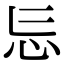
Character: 𭜎